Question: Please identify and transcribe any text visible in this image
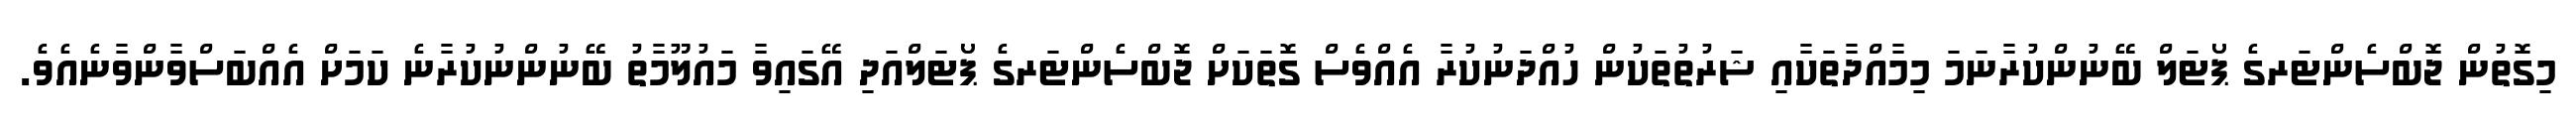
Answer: މިގޮތުން ޖޮބްސެންޓަރގެ ޕޯޓަލް ބޭނުންކުރާނަމަ މިމާއްދާތަކާއި ޝަރުތުތަކުން ހުއްދަނުކުރާ އެއްވެސް ގޮތަކަށް ޖޮބްސެންޓަރގެ ޕޯޓަލްއަދި އޭގައިވާ މައުލޫމާތު ބޭނުންނުކުރާނެ ކަމަށް އެއްބަސްވާންވާނެއެވެ.